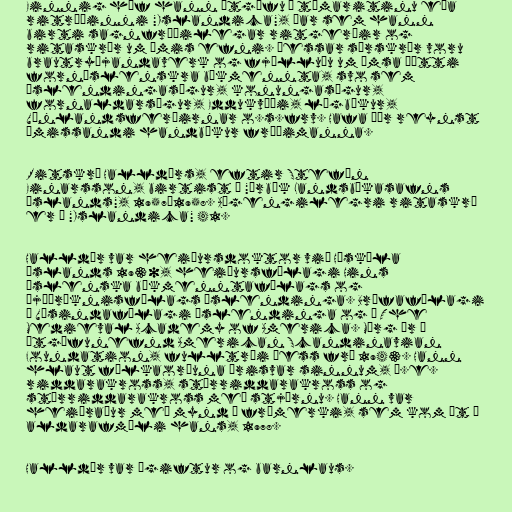
Einnig hóf hann útgáfu á tímaritinu eða
ritröðinni "Islandica", þar sem hann
birti sagnfræðilegar ritgerðir og
ritaskrár um ýmis efni. Þessar sérskrár voru
brautryðjandaverk og fjölluðu um ýmsa þætti
forníslenskra bókmennta, svo sem
Íslendingasögur, konungasögur,
fornaldarsögur, Eddukvæði, lögbækur,
Vínlandsferðirnar o.s.frv. Hafa þær reynst
ómissandi handbækur fræðimanna.

Ritskrá Halldórs, eftir Stefán
Einarsson, birtist í "Árbók Landsbókasafns
Íslands", 1957–1958. Aðgengilegri ritaskrá
er í "Islandica" 41.

Halldór var heiðursdoktor við Háskóla
Íslands 1930, heiðursfélagi Hins
íslenska bókmenntafélags og
Þjóðræknisfélags Íslendinga. Bréfafélagi
í Vísindafélagi Íslendinga og í The
Medieval Academy of America. Mörg ár í
útgáfunefnd American Scandinavian
Foundation, fulltrúi þess frá 1943. Hann
hlaut fálkaorðuna þrisvar sinnum, þ.e.
riddarakross, stórriddarakross og
stórriddarakross með stjörnu. Hann var
heiðraður með mynd á frímerki, sem kom út á
aldarafmæli hans, 1978.

Halldór var ógiftur og barnlaus.